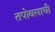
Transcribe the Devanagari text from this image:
तपोबलाची